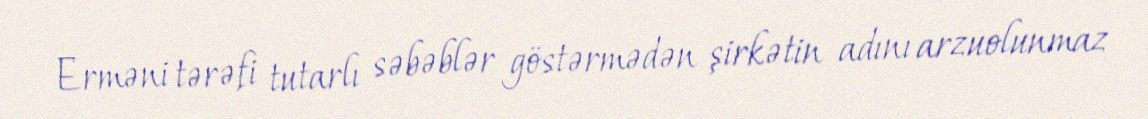
Erməni tərəfi tutarlı səbəblər göstərmədən şirkətin adını arzuolunmaz